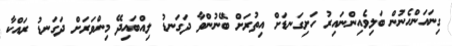
ގިނައަންހެނުން ބަލިވެއިންނައިރު ހަށިގަނޑަށް އިތުރަށް ބޭނުންވާ ދަގަނޑު ލިއްބައިދޭ މިންވަރަށް ދަގަނޑު ރައްކާ